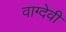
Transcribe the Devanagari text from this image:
वाग्‍देवी